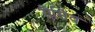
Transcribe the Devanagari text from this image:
रीसिव